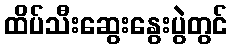
ထိပ်သီးဆွေးနွေးပွဲတွင်